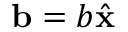
\mathbf { b } = b \hat { \mathbf { x } }